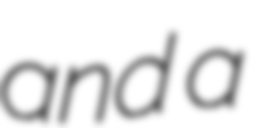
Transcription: and a